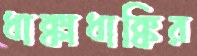
ধাক্কাধাক্কির